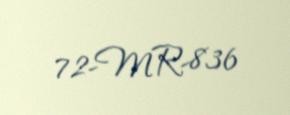
72-MR-836